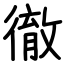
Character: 徹